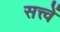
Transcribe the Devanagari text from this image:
सत्त्वें